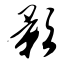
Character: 影